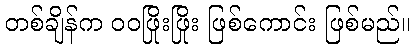
တစ်ချိန်က ဝဝဖြိုးဖြိုး ဖြစ်ကောင်း ဖြစ်မည်။